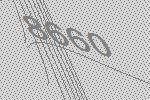
8660